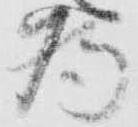
為